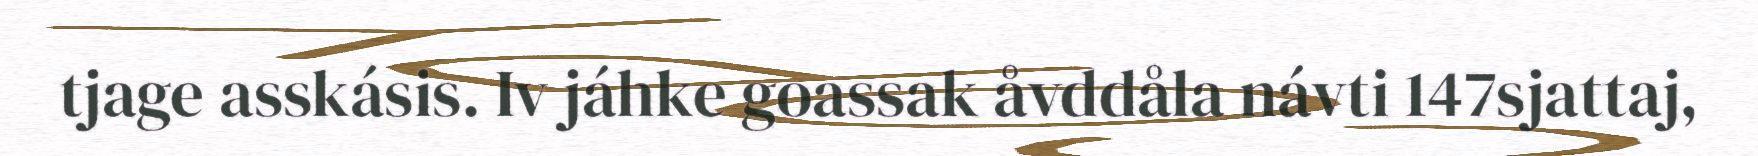
tjage asskásis. Iv jáhke goassak åvddåla návti 147sjattaj,